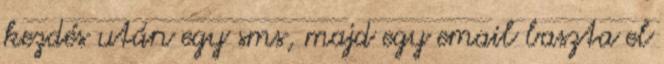
kezdés után egy sms, majd egy email baszta el